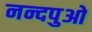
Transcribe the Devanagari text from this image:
नन्दपुओ